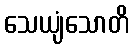
သေယျံသောတိ